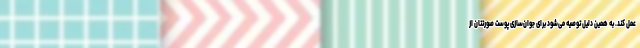
عمل کند. به همین دلیل توصیه می‌شود برای جوان‌سازی پوست صورتتان از